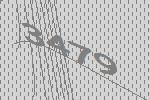
3479